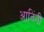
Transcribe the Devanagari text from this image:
आदिंनी